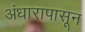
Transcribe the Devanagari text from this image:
अंधारापासून